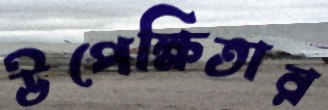
উপেক্ষিতার